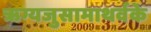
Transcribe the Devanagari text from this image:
ऋग्यजुसामाथर्वके